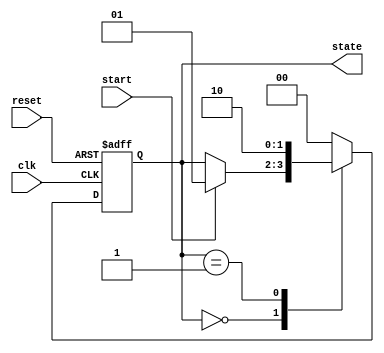
module simple_fsm (
    input wire clk,       // Clock input
    input wire reset,     // Asynchronous reset
    input wire start,     // Input signal to transition to the next state
    output reg [1:0] state // 2-bit state output
);

    // State encoding
    localparam IDLE    = 2'b00;
    localparam RUNNING = 2'b01;
    localparam DONE    = 2'b10;

    // Sequential logic using non-blocking assignments
    always @(posedge clk or posedge reset) begin
        if (reset) begin
            state <= IDLE; // Reset state to IDLE
        end else begin
            case (state)
                IDLE: begin
                    if (start) begin
                        state <= RUNNING; // Transition to RUNNING state
                    end
                end
                RUNNING: begin
                    // Logic for RUNNING state can be added here
                    state <= DONE; // Transition to DONE state
                end
                DONE: begin
                    // Logic for DONE state can be added here
                    state <= IDLE; // Transition back to IDLE state
                end
                default: begin
                    state <= IDLE; // Default case
                end
            endcase
        end
    end

endmodule